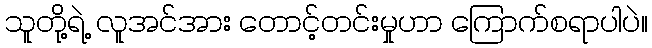
သူတို့ရဲ့ လူအင်အား တောင့်တင်းမှုဟာ ကြောက်စရာပါပဲ။